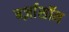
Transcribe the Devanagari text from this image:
बर्ज़ासॉन